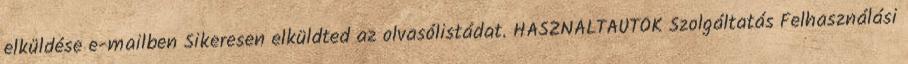
elküldése e-mailben Sikeresen elküldted az olvasólistádat. HASZNÁLTAUTÓK Szolgáltatás Felhasználási